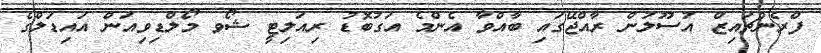
ފްރެންޗައިޒް އުސޫލުން ރާއްޖޭގައި ބާއްވާ އެންމެ އަގުބޮޑު ރިއަލިޓީ ޝޯވ މޯލްޑިވިއަން އައިޑަލްގެ